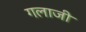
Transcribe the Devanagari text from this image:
गलाजी